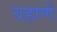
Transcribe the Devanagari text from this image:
वहाणे